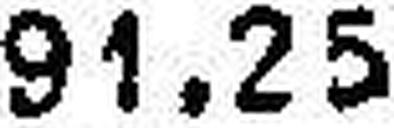
91.25